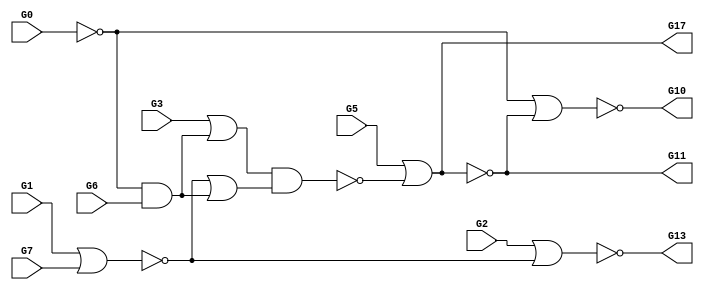
// s27_comb.v
//# 4 inputs
//# 1 outputs
//# 3 D-type flipflops
//# 8 (1 ANDs + 1 NANDs + 2 ORs + 4 NORs)

module s27_comb(G0, G1, G2, G3, G5, G6, G7, G17, G10, G11, G13);
   input G0, G1, G2, G3, G5, G6, G7;
   output G17, G10, G11, G13;

   wire G8, G9, G12, G14, G15, G16;

   not NOT_0(G14, G0);
   not NOT_1(G17, G11);
   and AND2_0(G8, G14, G6);
   or OR2_0(G15, G12, G8);
   or OR2_1(G16, G3, G8);
   nand NAND2_0(G9, G16, G15);
   nor NOR2_0(G10, G14, G11);
   nor NOR2_1(G11, G5, G9);
   nor NOR2_2(G12, G1, G7);
   nor NOR2_3(G13, G2, G12);

endmodule // s27_comb